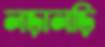
লড়ালড়ি